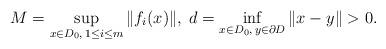
LaTeX: \begin{align*}M = \sup_{x\in D_0,\, 1\le i \le m} \|f_i(x)\|,\; d=\inf_{x\in D_0,\, y\in \partial D} \|x-y\|>0.\end{align*}